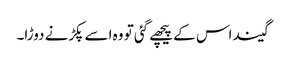
گیند اس کے پیچھے گئی تو وہ اسے پکڑنے دوڑا۔